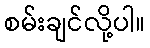
စမ်းချင်လို့ပါ။